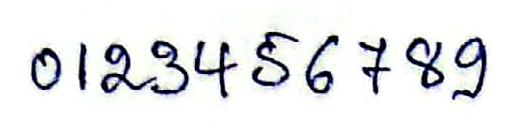
0123456789